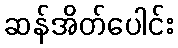
ဆန်အိတ်ပေါင်း